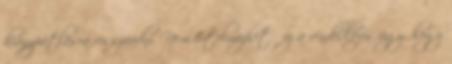
hiánypótlásra visszaadni. Nem értelmezhető ez a rendelkezés úgy, hogy